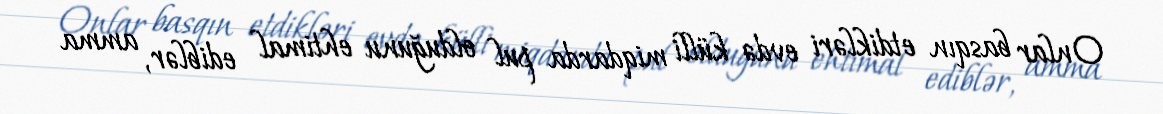
Onlar basqın etdikləri evdə külli miqdarda pul olduğunu ehtimal ediblər, amma